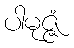
ပါမုဇ္ဇံ